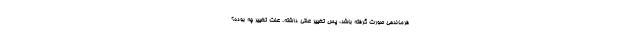
فرماندهی صورت گرفته باشد، پس تغییر علتی داشته. علت تغییر چه بوده؟